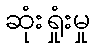
ဆုံးရှုံးမှု